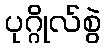
ပုဂ္ဂိုလ်စွဲ